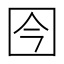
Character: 𰉍